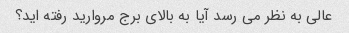
عالی به نظر می رسد آیا به بالای برج مروارید رفته اید؟